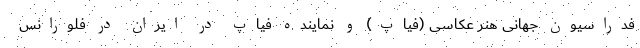
فدراسیون جهانی هنر عکاسی (فیاپ) و نماینده فیاپ در ایران در فلورانس